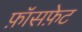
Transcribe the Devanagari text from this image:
फ़ॉसफ़ेट